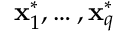
\mathbf { x } _ { 1 } ^ { * } , \ldots , \mathbf { x } _ { q } ^ { * }